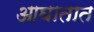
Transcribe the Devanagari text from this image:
आघातात